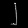
Digit: ၂